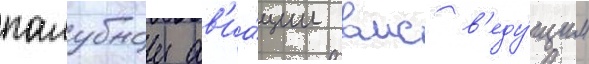
палубнои ав'иа́ции вмс в'еду́щим